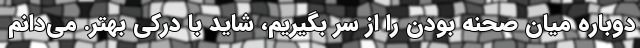
دوباره میانِ صحنه بودن را از سر بگیریم، شاید با درکی بهتر. می‌دانم